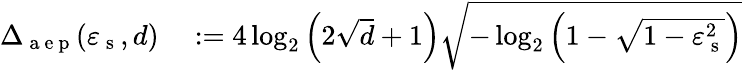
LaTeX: \begin{array}{rl}{\Delta_{\mathrm{~a~e~p~}}(\varepsilon_{\mathrm{~s~}},d)}&{{}:=4\log_{2}\left(2\sqrt{d}+1\right)\sqrt{-\log_{2}\left(1-\sqrt{1-\varepsilon_{\mathrm{~s~}}^{2}}\right)}}\end{array}